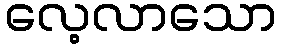
လေ့လာသော